Report on the working of the mental hospitals for Indians in Bihar and Orissa - 1925-1929
Year: 1925
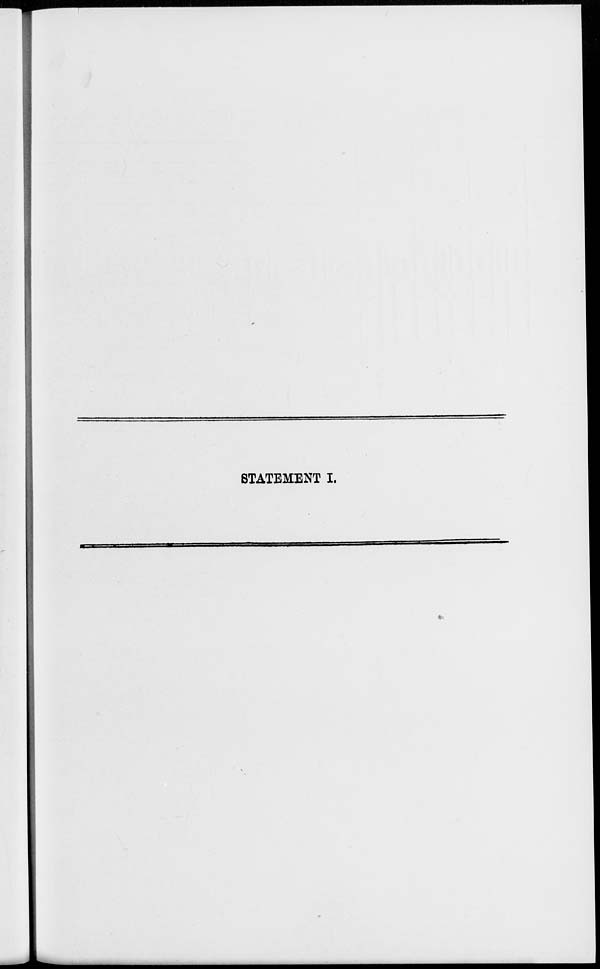
STATEMENT I.